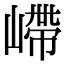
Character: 嵽